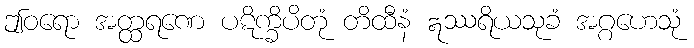
ဤဝရော အတ္ထရဏေ ပဋိက္ခိပိတုံ တိထီနံ ဣဿရိယသုခံ အဂ္ဂဟေသုံ